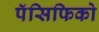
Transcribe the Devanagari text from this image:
पॅसिफिको